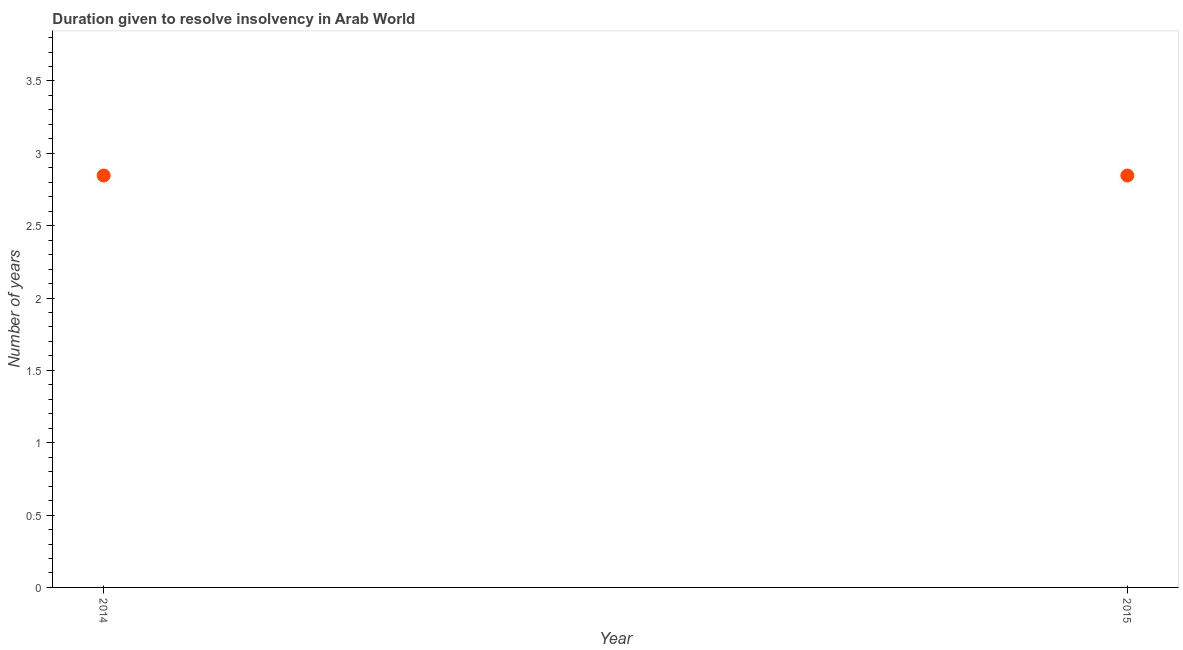
| Year | Resolve insolvency |
 | --- | --- |
 | 2014 | 2.85 |
 | 2015 | 2.85 |